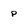
Character: p